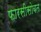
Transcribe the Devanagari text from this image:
फारसीसोबत